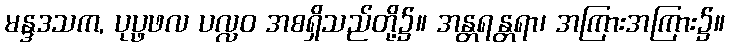
မန္ဒဒသက, ပုပ္ဖဖလ ပလ္လဝ အစရှိသည်တို့၌။ အန္တရန္တရာ၊ အကြားအကြား၌။